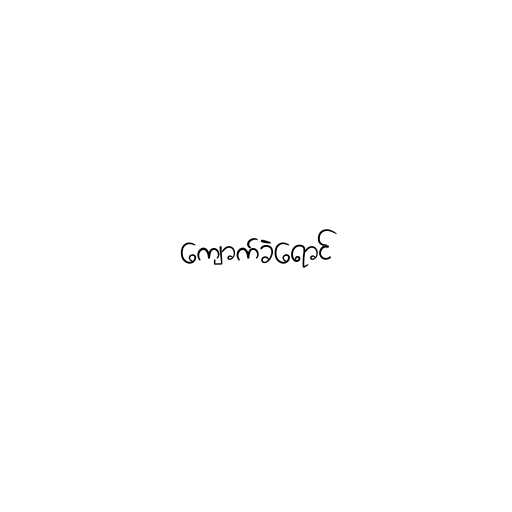
ကျောက်ခဲရောင်